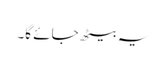
یہ بیٹھ جائے گا۔